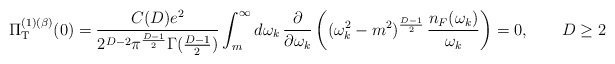
\begin{align*}\Pi_{\rm T}^{(1)(\beta)} (0) = \frac{C(D)e^{2}}{2^{D-2} \pi^{\frac{D-1}{2}}\Gamma(\frac{D-1}{2})} \int_{m}^{\infty}d\omega_{k}\,\frac{\partial}{\partial\omega_{k}}\left((\omega_{k}^{2}-m^{2})^{\frac{D-1}{2}}\,\frac{n_{F}(\omega_{k})}{\omega_{k}}\right) = 0,\qquad D\geq 2\end{align*}